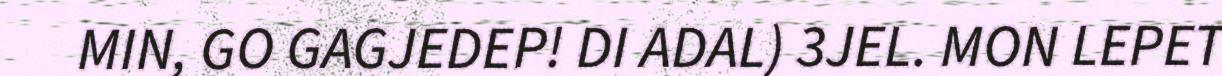
MIN, GO GAGJEDEP! DI ADAL) 3JEL. MON LEPET